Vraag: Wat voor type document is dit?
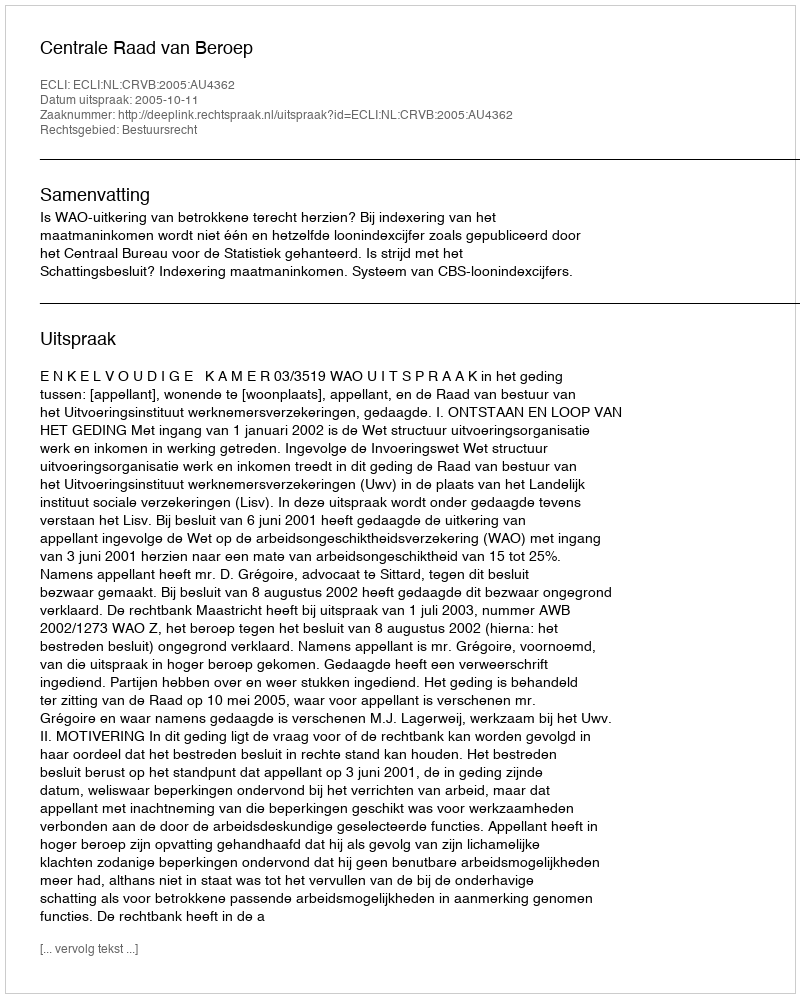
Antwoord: Uitspraak